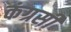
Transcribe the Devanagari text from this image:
कंग्रसी